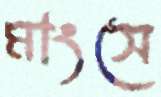
মাংসে